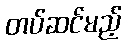
တပ်ဆင်မည့်